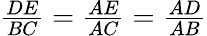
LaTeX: \textstyle{\frac{DE}{BC}}={\frac{AE}{AC}}={\frac{AD}{AB}}